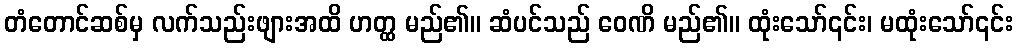
တံတောင်ဆစ်မှ လက်သည်းဖျားအထိ ဟတ္ထ မည်၏။ ဆံပင်သည် ဝေဏိ မည်၏။ ထုံးသော်၎င်း၊ မထုံးသော်၎င်း